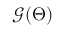
\mathcal { G } ( \Theta )